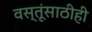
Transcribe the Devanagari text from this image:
वस्तूंसाठीही